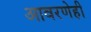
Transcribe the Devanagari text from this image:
आवरणेही